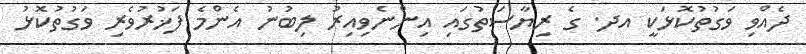
ދެއްވި ވަގުތުކޮޅަކީ އދ. ގެ ރިޔާސަތުގައި އިންނެވިއިރު ލިބުނު އެންމެ ފަޚުރުވެރި ވަގުތުކޮޅު